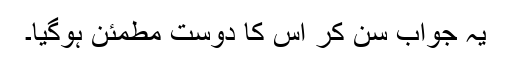
یہ جواب سن کر اس کا دوست مطمئن ہوگیا۔